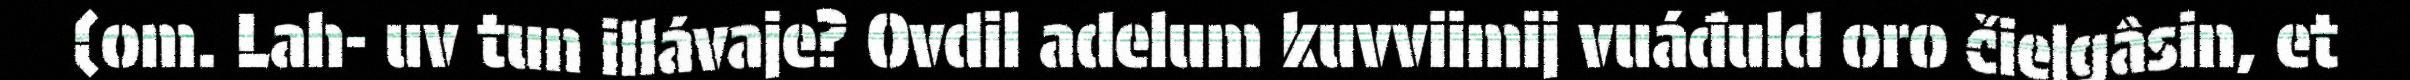
(om. Lah- uv tun illávaje? Ovdil adelum kuvviimij vuáđuld oro čielgâsin, et